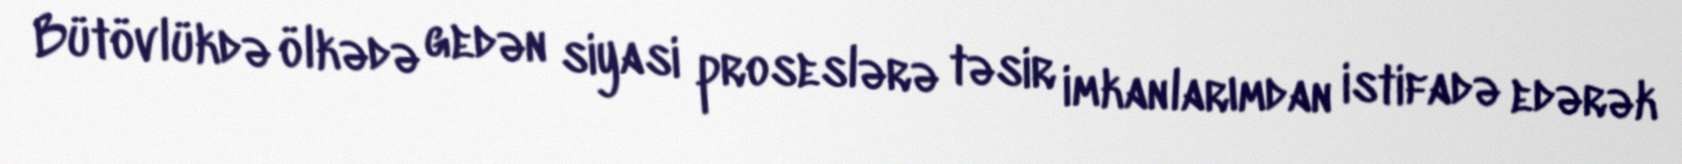
Bütövlükdə ölkədə gedən siyasi proseslərə təsir imkanlarımdan istifadə edərək